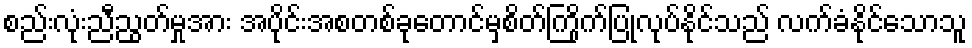
စည်းလုံးညီညွတ်မှုအား အပိုင်းအစတစ်ခုတောင်မှစိတ်ကြိုက်ပြုလုပ်နိုင်သည် လက်ခံနိုင်သောသူ